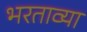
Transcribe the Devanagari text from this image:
भरताव्या